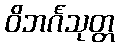
ဝိဘင်္ဂသုတ္တ